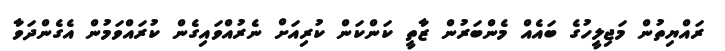
ރައްޔިތުން މަޖިލީހުގެ ބައެއް މެންބަރުން ޒާތީ ކަންކަން ކުރިއަށް ނެރުއްވައިގެން ކުރައްވަމުން އެގެންދަވާ